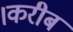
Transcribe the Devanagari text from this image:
।करीब